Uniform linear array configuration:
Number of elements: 8
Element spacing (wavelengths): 0.75
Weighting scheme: cosine
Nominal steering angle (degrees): -15
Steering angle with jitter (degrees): -13.993
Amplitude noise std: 0.05
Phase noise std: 0.05

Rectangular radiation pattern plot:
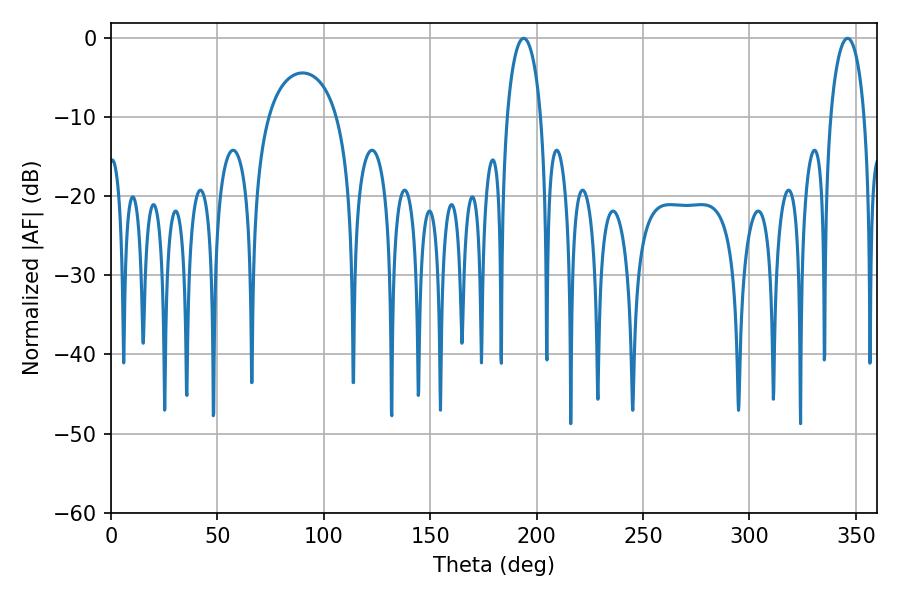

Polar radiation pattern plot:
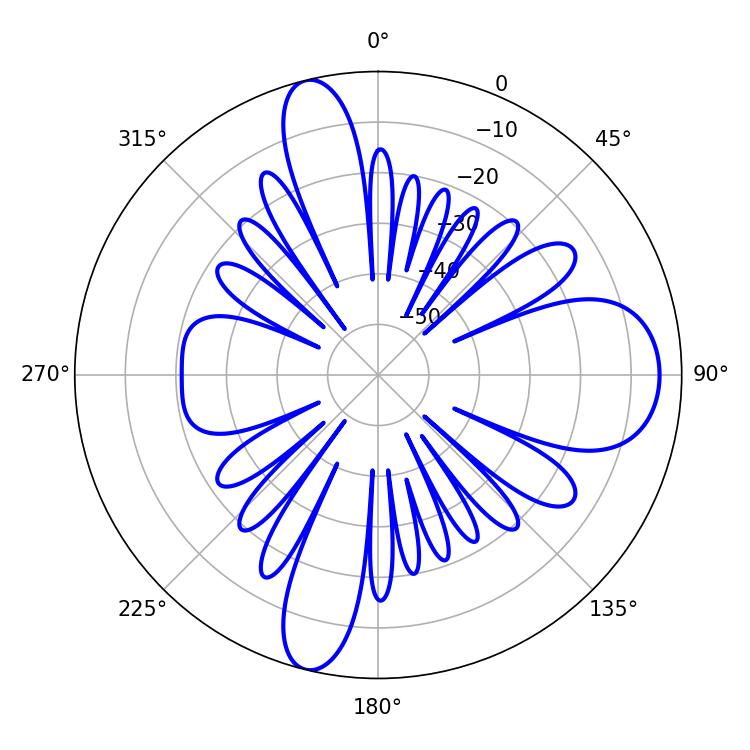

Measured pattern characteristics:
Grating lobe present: TRUE
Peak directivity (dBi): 14.19
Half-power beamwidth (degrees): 9.18
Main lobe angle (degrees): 193.86